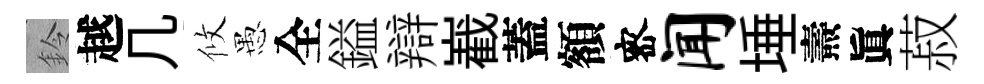
鈴越几攸愚全鎰辯嶻蓋額宻闻埵燾眞菽